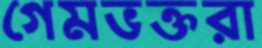
গেমভক্তরা